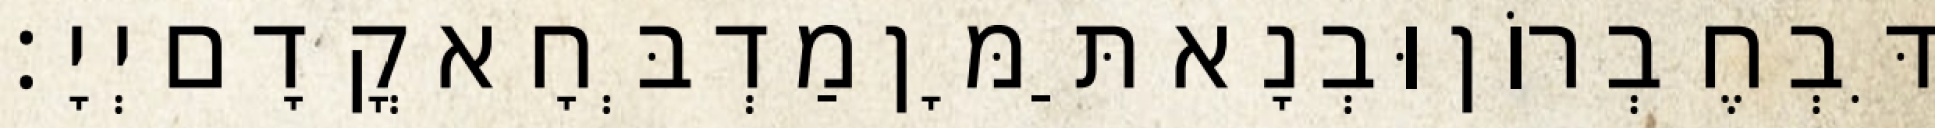
דִּבְחֶבְרוֹן וּבְנָא תַּמָּן מַדְבְּחָא קֳדָם יְיָ׃